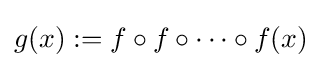
g(x):=f\circ f\circ \cdots \circ f(x)